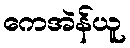
ကေအဲန်ယူ